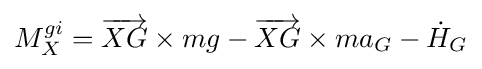
M_{X}^{gi}={\overrightarrow {XG}}\times mg-{\overrightarrow {XG}}\times ma_{G}-{\dot {H}}_{G}